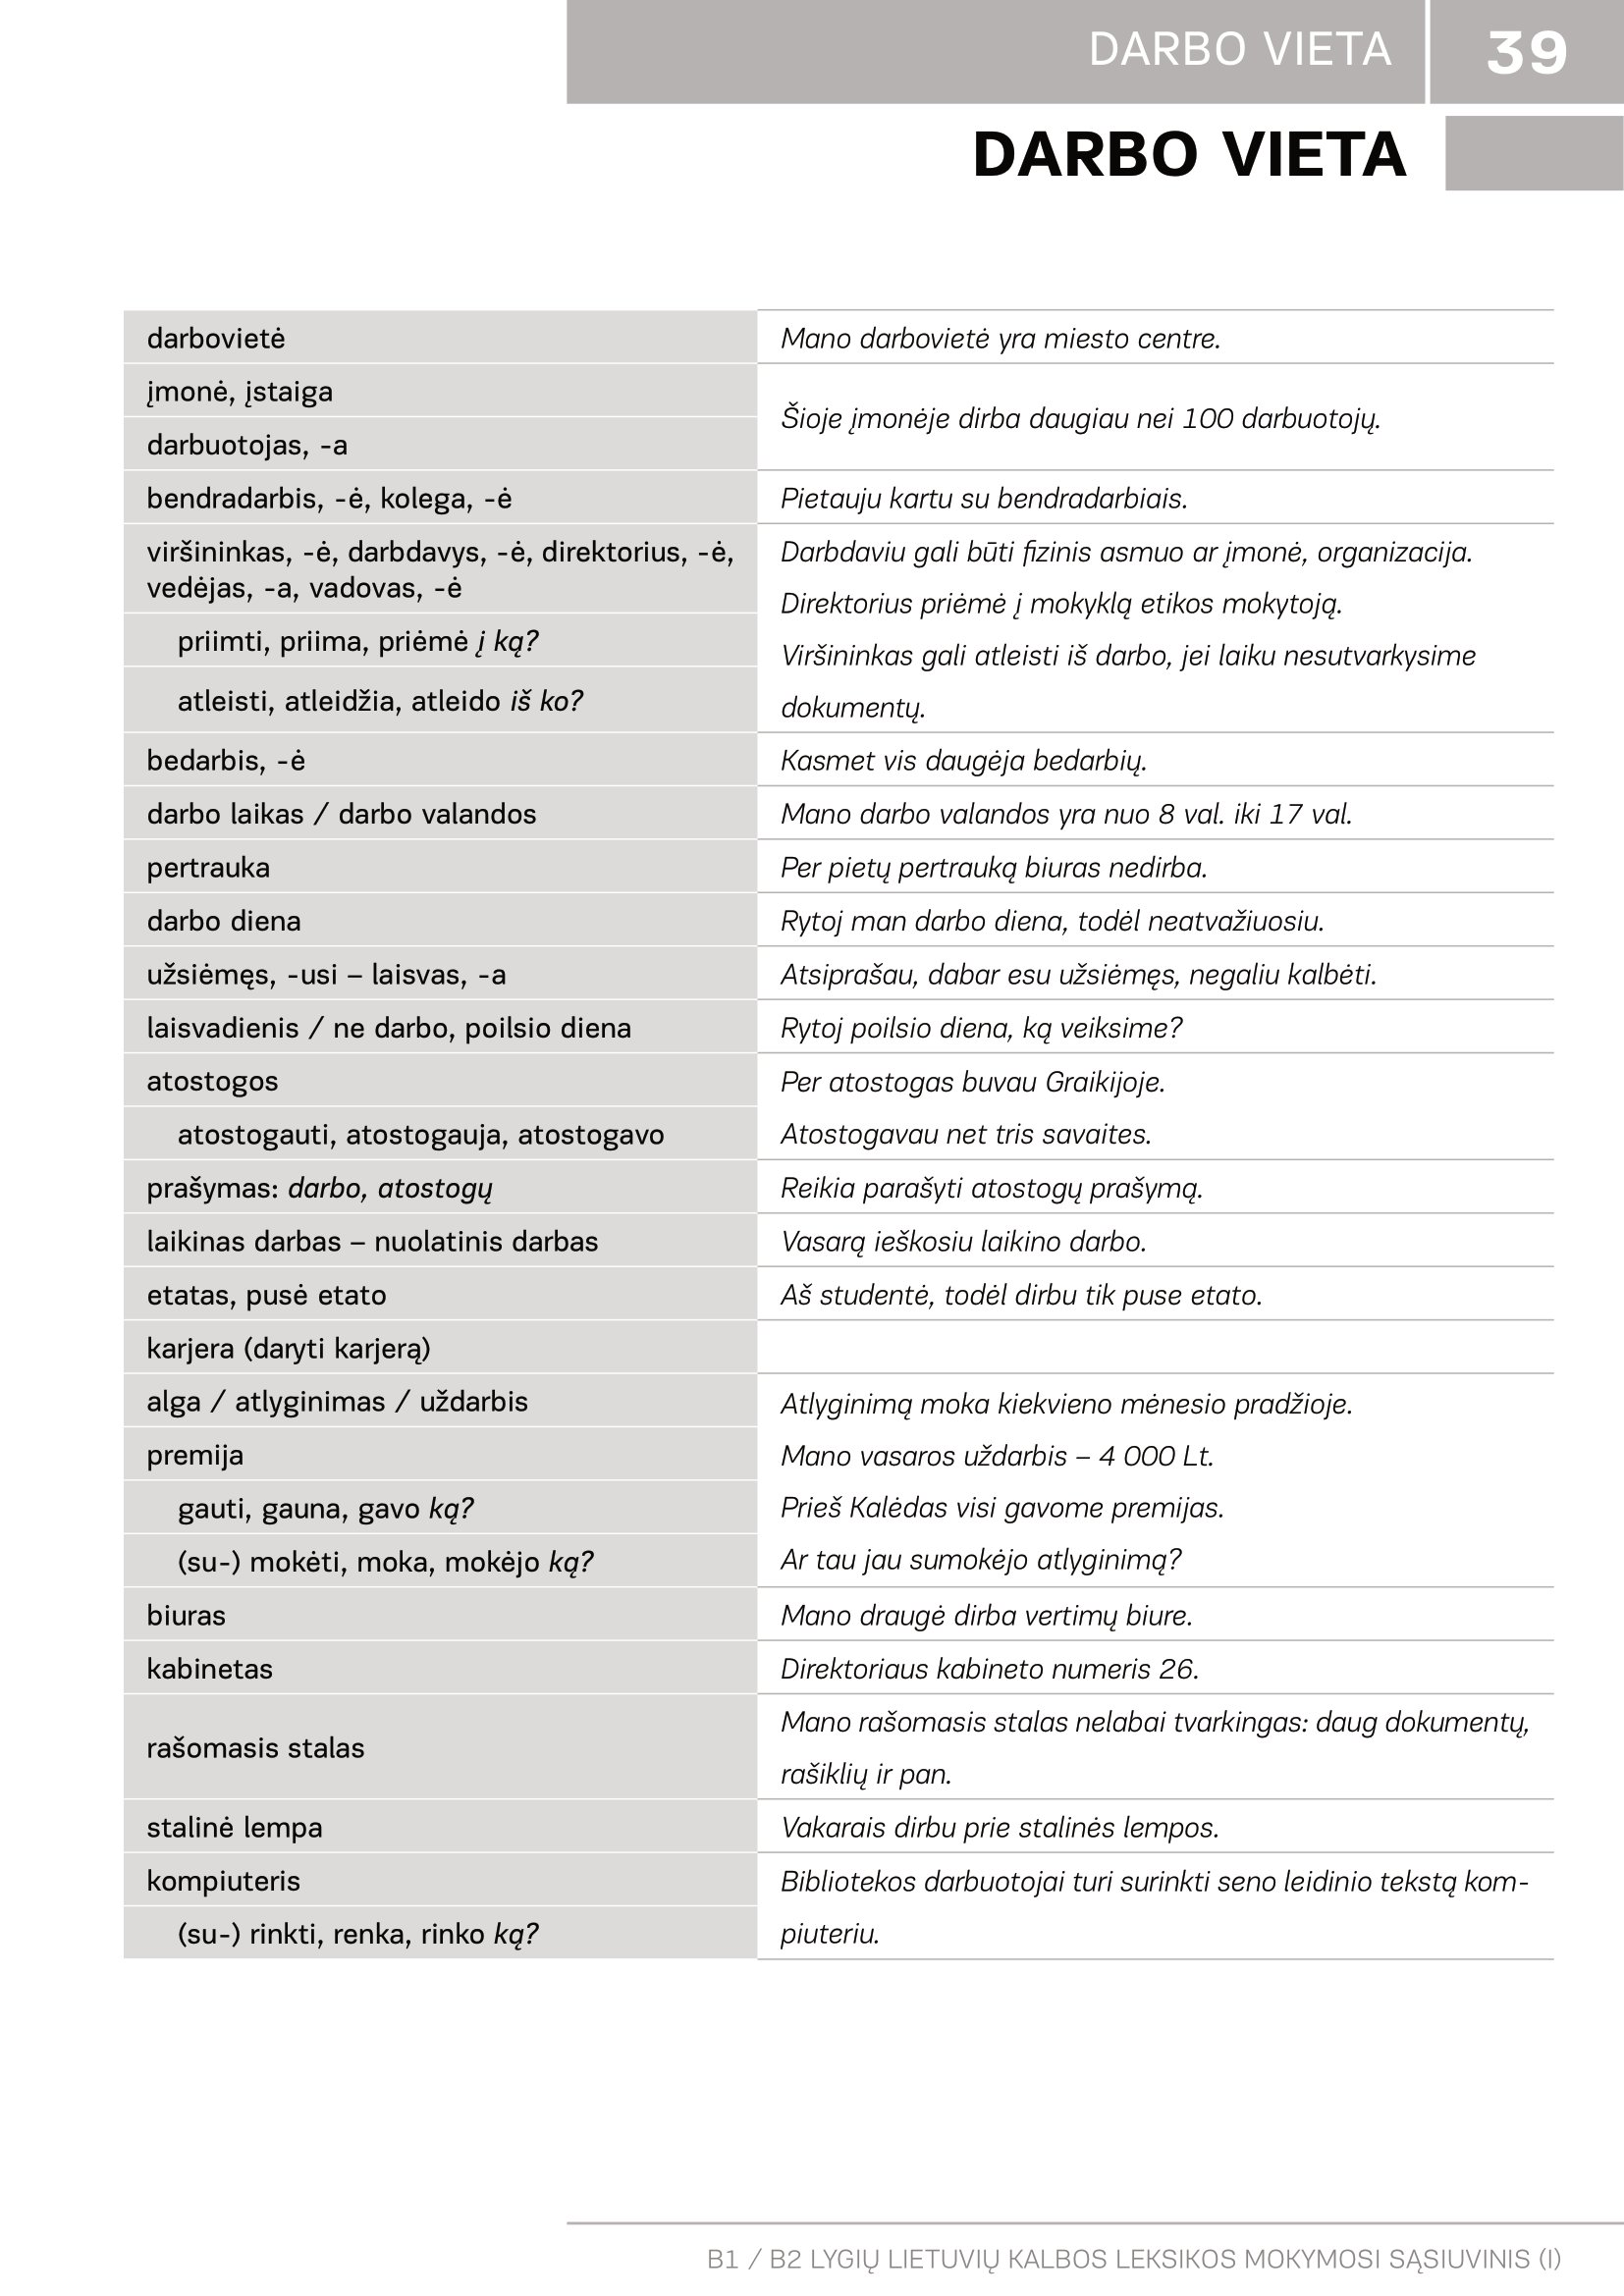
Language: lt